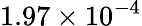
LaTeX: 1.97\times 10^{-4}